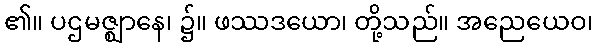
၏။ ပဌမဇ္ဈာနေ၊ ၌။ ဖဿဒယော၊ တို့သည်။ အညေယေဝ၊